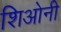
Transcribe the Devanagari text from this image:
शिओनी